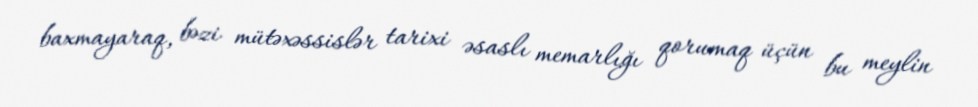
baxmayaraq, bəzi mütəxəssislər tarixi əsaslı memarlığı qorumaq üçün bu meylin